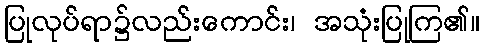
ပြုလုပ်ရာ၌လည်းကောင်း၊ အသုံးပြုကြ၏။